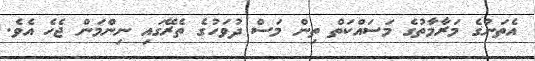
އެތަނުގެ މަރާމާތުގެ މަސައްކަތް ތިން މަސް ދުވަހުގެ ތެރޭގައި ނިންމަން ޖެހެ އެވެ.